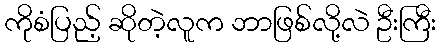
ကိုစံပြည့် ဆိုတဲ့လူက ဘာဖြစ်လို့လဲ ဦးကြီး